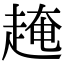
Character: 𧼎